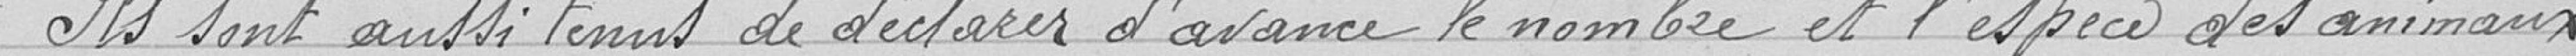
Ils sont aussi tenus de déclarer d'avance le nombre et l'espèce des animaux